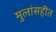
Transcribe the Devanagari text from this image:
मुलांसहीत